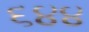
૬૪૪